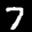
Label: 7